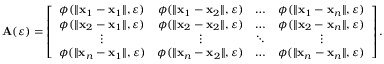
\mathbf { A } ( \varepsilon ) = \left[ \begin{array} { c c c c } { \phi ( \| \mathbf { x } _ { 1 } - \mathbf { x } _ { 1 } \| , \varepsilon ) } & { \phi ( \| \mathbf { x } _ { 1 } - \mathbf { x } _ { 2 } \| , \varepsilon ) } & { \dots } & { \phi ( \| \mathbf { x } _ { 1 } - \mathbf { x } _ { n } \| , \varepsilon ) } \\ { \phi ( \| \mathbf { x } _ { 2 } - \mathbf { x } _ { 1 } \| , \varepsilon ) } & { \phi ( \| \mathbf { x } _ { 2 } - \mathbf { x } _ { 2 } \| , \varepsilon ) } & { \dots } & { \phi ( \| \mathbf { x } _ { 2 } - \mathbf { x } _ { n } \| , \varepsilon ) } \\ { \vdots } & { \vdots } & { \ddots } & { \vdots } \\ { \phi ( \| \mathbf { x } _ { n } - \mathbf { x } _ { 1 } \| , \varepsilon ) } & { \phi ( \| \mathbf { x } _ { n } - \mathbf { x } _ { 2 } \| , \varepsilon ) } & { \dots } & { \phi ( \| \mathbf { x } _ { n } - \mathbf { x } _ { n } \| , \varepsilon ) } \end{array} \right] .